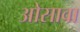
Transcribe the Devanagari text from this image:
ओसावा